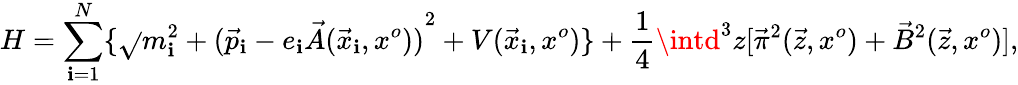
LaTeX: H=\sum_{\mathbf{i}=1}^{N}\lbrace\sqrt{}{{m_{\mathbf{i}}^{2}+{({\vec{{p}}}_{\mathbf{i}}-e_{\mathbf{i}}\vec{{A}}({\vec{{x}}}_{\mathbf{i}},x^{o}))}^{2}}}+V({\vec{{x}}}_{\mathbf{i}},x^{o})\rbrace+{\frac{{1}}{{4}}}\intd^{3}z[{\vec{{\pi}}}^{2}(\vec{{z}},x^{o})+{\vec{{B}}}^{2}(\vec{{z}},x^{o})],